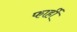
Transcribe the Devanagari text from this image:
फार्ही